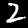
Digit: 2